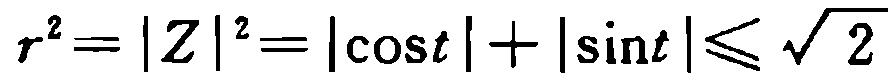
\[r^{2}=|Z|^{2}=|\cos t| + |\sin t|\leqslant\sqrt{2}\]